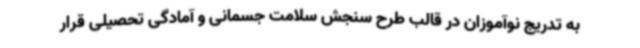
به تدریج نوآموزان در قالب طرح سنجش سلامت جسمانی و آمادگی تحصیلی قرار